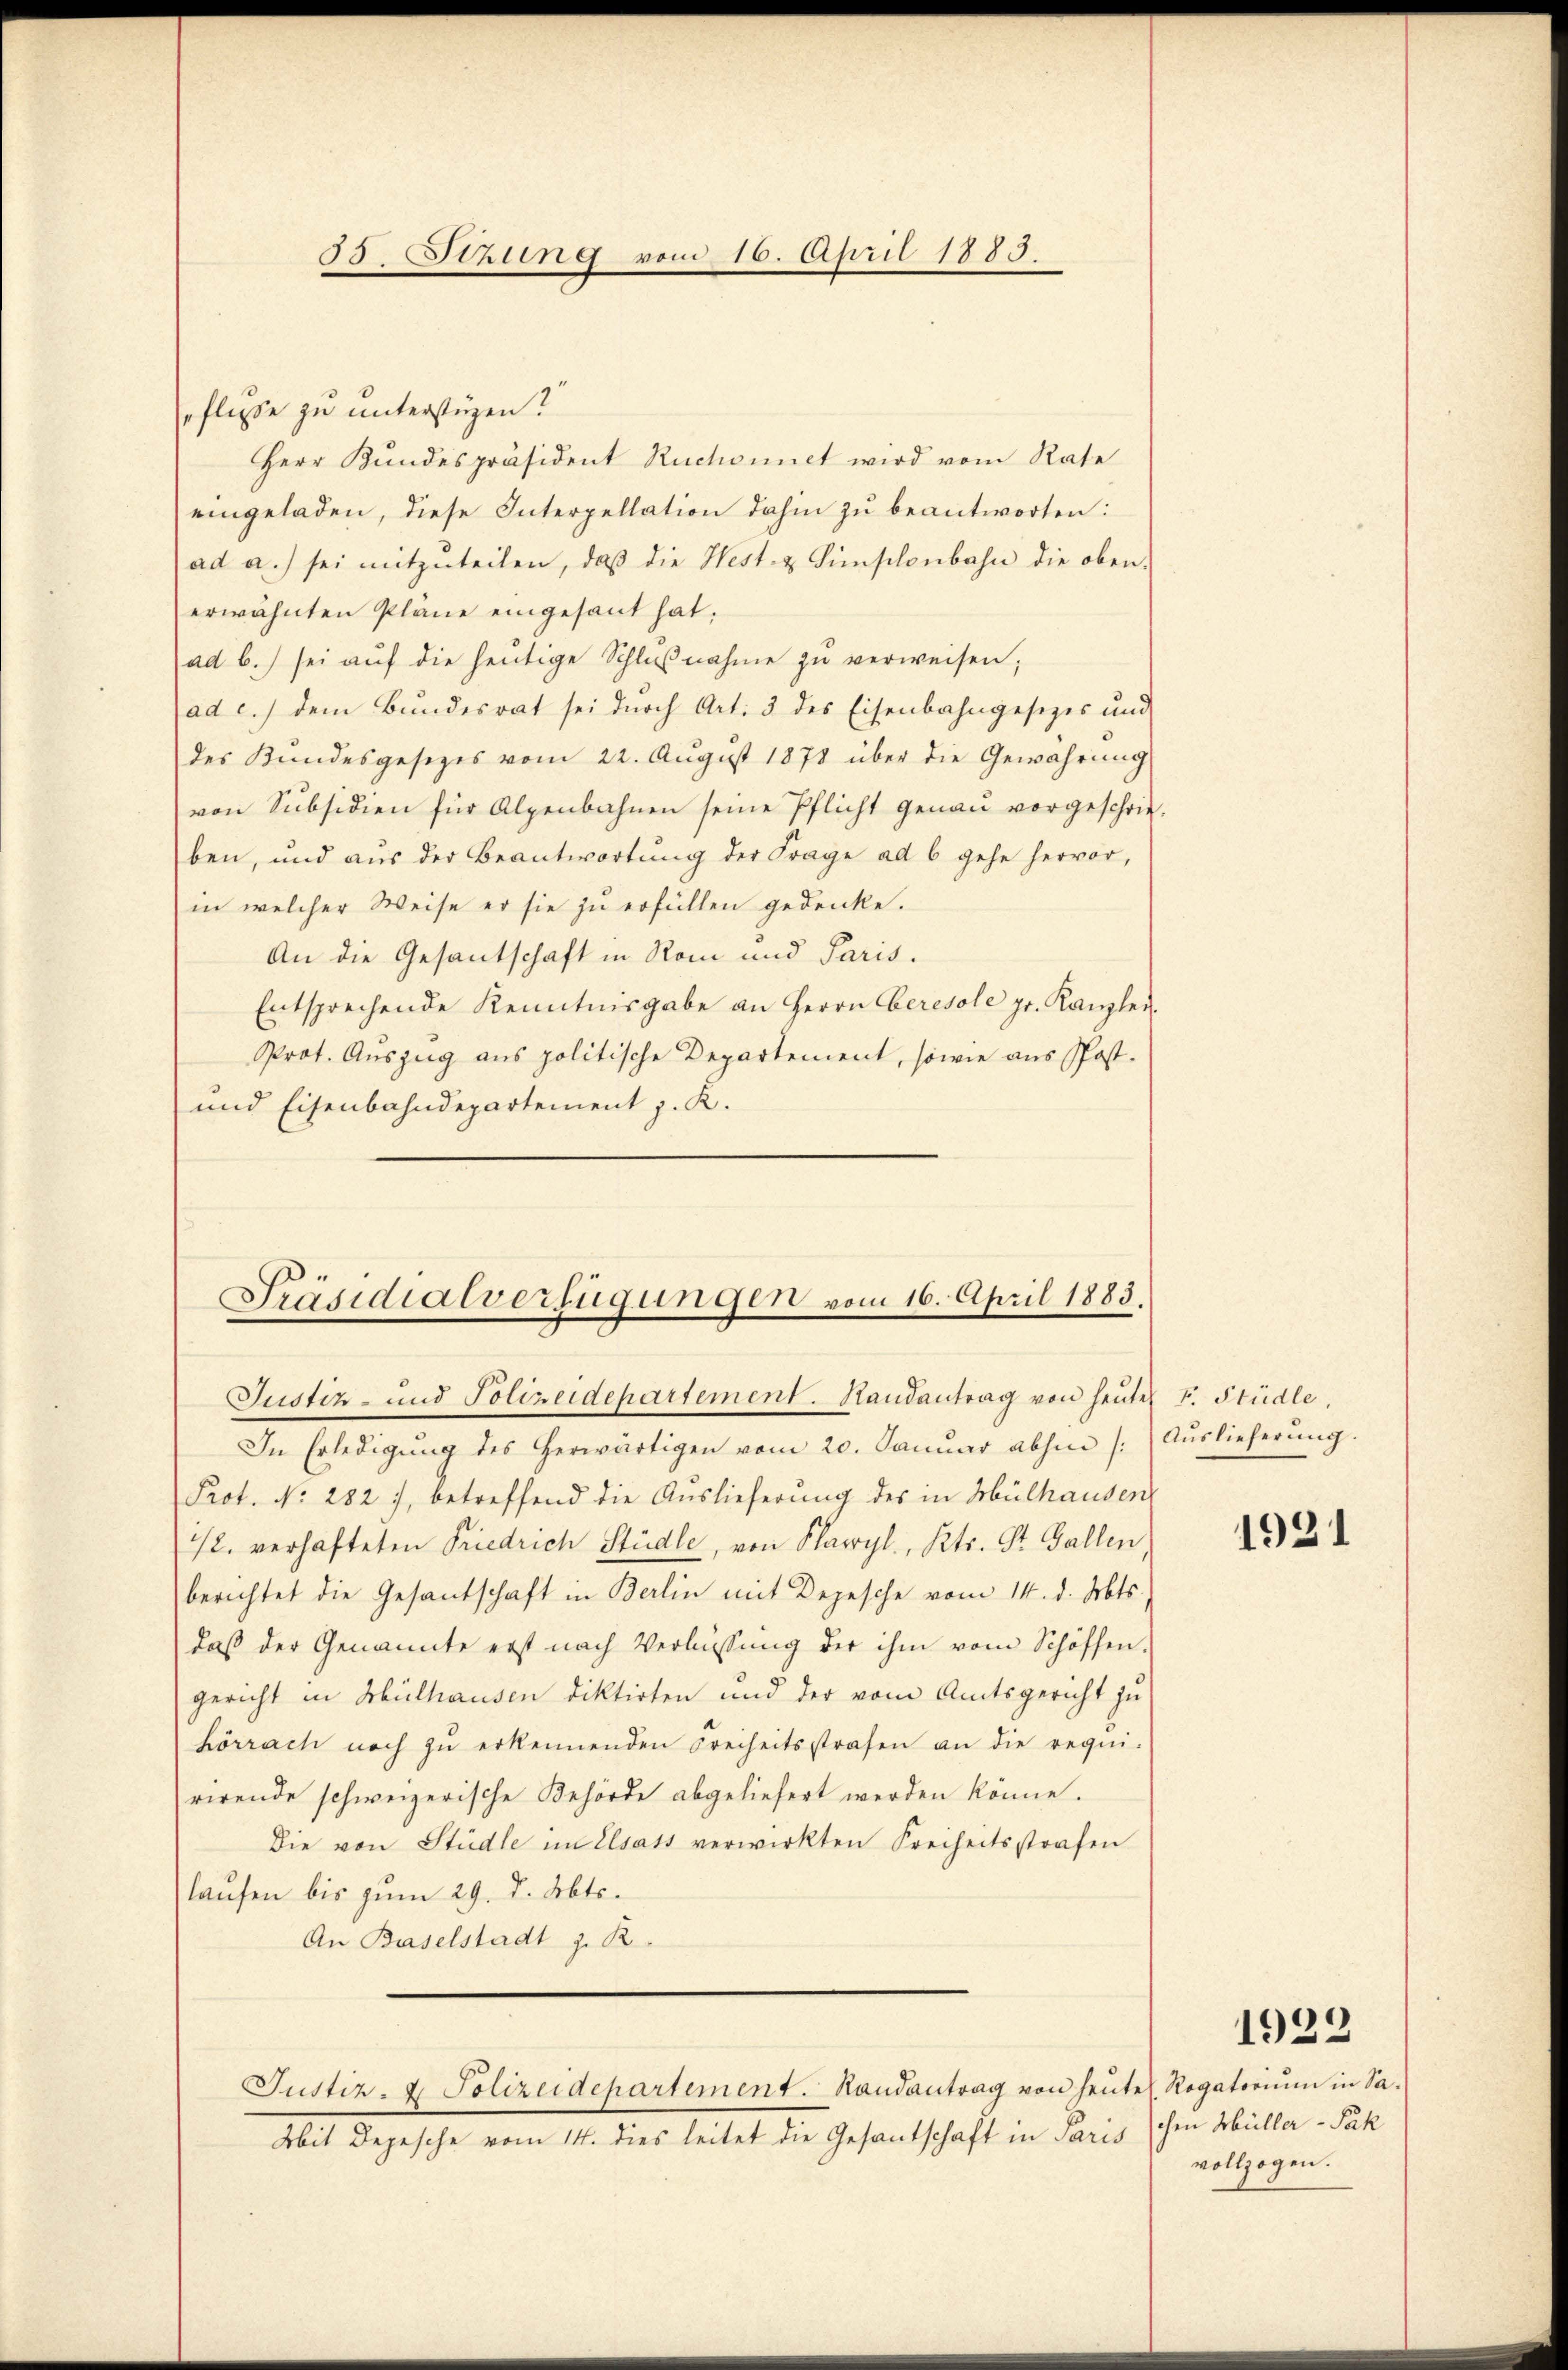
53.  Jtzung vom 16. April 1883

eflisse zu unterstüzen?
Herr Bundespräsident Ruchonnet wird vom Rate
eingeladen, diese Interpellation dahin zu beantworten:
ad a.) sei mitzŭteilen, daß die West- & Sünschenbahn die oben
erwähnten Pläne eingesant hat.
ad b.) sei aŭf die heŭtige Schlŭβnahme zŭ verweisen;
ad c.) dem Bundesrat sei durch Art. 3 des Eisenbahngesetzes und
des Kundesgesetzes vom 22. August 1878 über die Gewährung
von Subsidien für Alpenbahnen seine Pflicht genau vorgeschrieben, und aus der Beantwortung der Frage ad 6 gehe hervor,
in welcher Weise er sie zu erfüllen gedenke.
An die Gesantschaft in Rom und Paris.
Entsprechende Kenntnisgabe an Herrn Ceresole pr. Kanzlei-
Prot. Auszug aus politische Departement, sowie aus Post-
und Eisenbahndepartement J. K.

Präsidialverfügungen vom 16. April 1883.
Justiz- und Polizeidepartement. Randantrag von heute F. Stüdle,

In Erledigŭng des herwärtigen vom 20. Janŭar abhin /: Aŭslieferŭng.
Prot. No. 282, betreffend die Auslieferung des in Mülhausen
22. verhafteten Friedrich Stüdle, von Plawyl, Kts. St. Gallen
berichtet die Gesantschaft in Berlin mit Depesche vom 14. d. Mts.,
daß der Genannte erst nach Verlassŭng der ihm vom Schöffen.
gericht in Mülhausen diktirten und der vom Amtsgericht zu
hörrach noch zŭ erkennenden Freiheitsstrafen an die requi-
rirende schweizerische Behörde abgeliefert werden könne.
Die von Stüdle im Elsass verwirkten Freiheitsstrafen
laufen bis zum 29. d. Mts.
An Baselstadt z. B.
Justiz- & Polizeidepartement. Randantrag von heŭte Rogatoriŭm in Sa-
Mit Depesche vom 14. dies leitet die Gesandschaft in Paris

1921

1922

schen Müller - Pak
vollzogen.